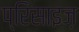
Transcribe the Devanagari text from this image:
प्रिसाइज़